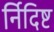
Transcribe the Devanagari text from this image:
र्निदिष्ट